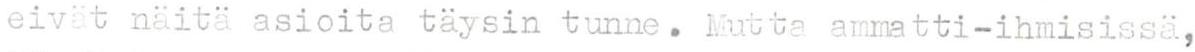
eivät näitä asioita täysin tunne. Mutta ammatti-ihmisissä,